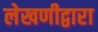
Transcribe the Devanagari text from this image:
लेखणीद्वारा